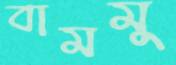
বামমু